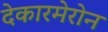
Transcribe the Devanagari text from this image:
देकारमेरोन